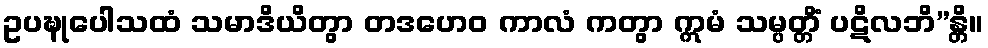
ဥပဍ္ဎုပေါသထံ သမာဒိယိတွာ တဒဟေဝ ကာလံ ကတွာ ဣမံ သမ္ပတ္တိံ ပဋိလဘိ”န္တိ။